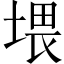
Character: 㙗